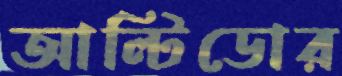
আল্টিডোর